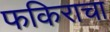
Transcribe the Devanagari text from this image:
फकिराचा